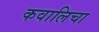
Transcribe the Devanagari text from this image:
कवालिचा